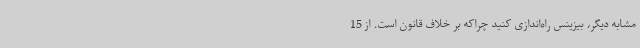
مشابه دیگر، بیزینس راه‌اندازی کنید چراکه بر خلاف قانون است. از 15